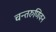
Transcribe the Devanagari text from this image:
चन्तरुणिवन